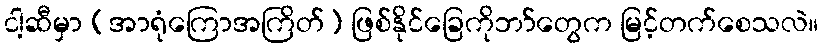
ငါ့ဆီမှာ (အာရုံကြောအကြိတ်) ဖြစ်နိုင်ခြေကိုဘာ်တွေက မြင့်တက်စေသလဲ။